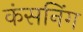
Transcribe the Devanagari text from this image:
कंसनिंग